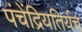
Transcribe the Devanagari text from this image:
पंचेंद्रियतिर्यच